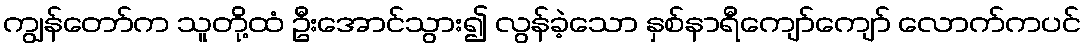
ကျွန်တော်က သူတို့ထံ ဦးအောင်သွား၍ လွန်ခဲ့သော နှစ်နာရီကျော်ကျော် လောက်ကပင်